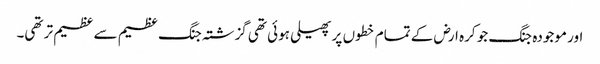
اور موجودہ جنگ جو کرہ ارض کے تمام خطوں پر پھیلی ہوئی تھی گزشتہ جنگ عظیم سے عظیم تر تھی۔